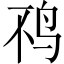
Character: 𫛜